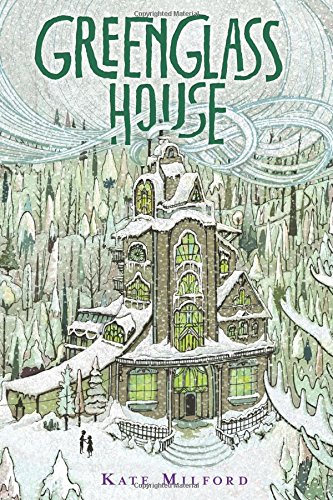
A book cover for Greenglass House; Kate Milford; Children's Books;